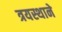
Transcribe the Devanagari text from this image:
त्रयस्थाने